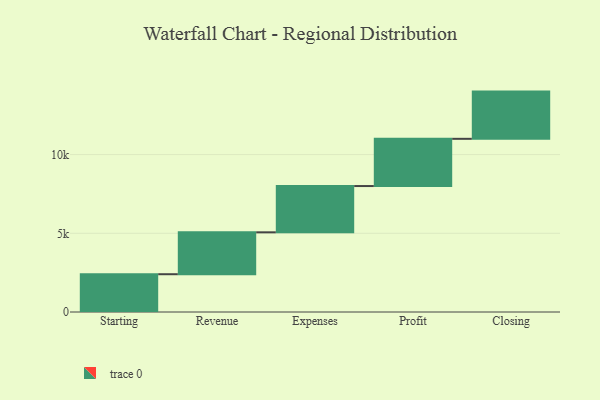
{"axis": {"x": "Step", "y": "Value"}, "legend": [""], "data": [{"x": "Starting", "y": 2400.0, "type": ""}, {"x": "Revenue", "y": 2662.0, "type": ""}, {"x": "Expenses", "y": 2940.0, "type": ""}, {"x": "Profit", "y": 3000, "type": ""}, {"x": "Closing", "y": 3000, "type": ""}]}